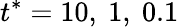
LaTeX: t^{*}=10,\ 1,\ 0.1